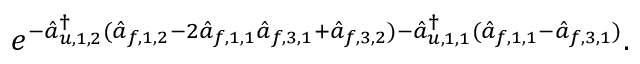
e ^ { - \hat { a } _ { u , 1 , 2 } ^ { \dagger } ( \hat { a } _ { f , 1 , 2 } - 2 \hat { a } _ { f , 1 , 1 } \hat { a } _ { f , 3 , 1 } + \hat { a } _ { f , 3 , 2 } ) - \hat { a } _ { u , 1 , 1 } ^ { \dagger } ( \hat { a } _ { f , 1 , 1 } - \hat { a } _ { f , 3 , 1 } ) } .